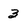
Character: 3